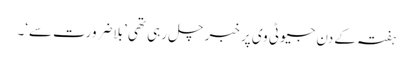
ہفتہ کے دن جیو ٹی وی پر خبر چل رہی تھی ’بلاضرورت سے‘۔